Annual administration report of the Civil Veterinary Department of India - 1897-1898
Year: 1897
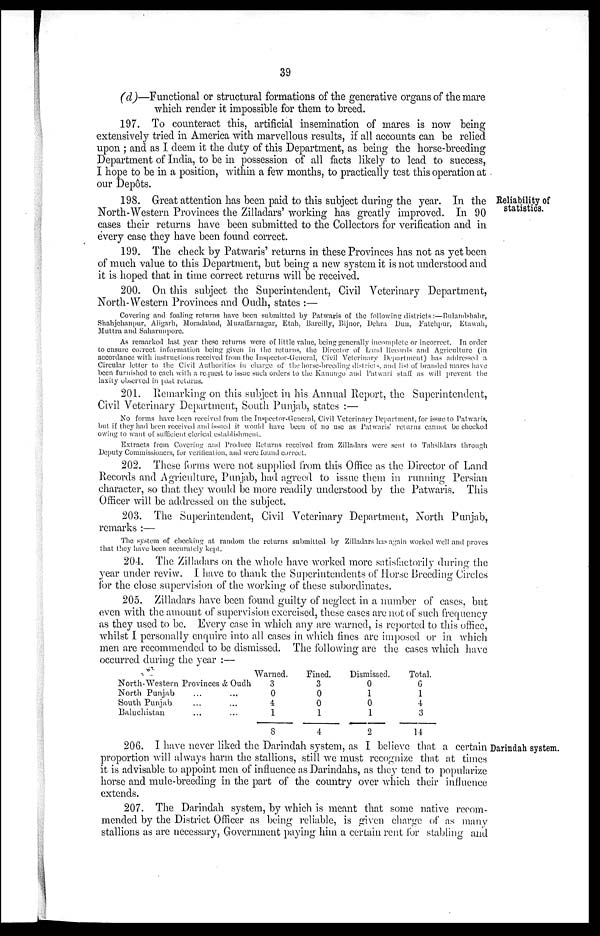
39
(d)—Functional or structural formations of the generative organs of the mare
which render it impossible for them to breed.
197. To counteract this, artificial insemination of mares is now being
extensively tried in America with marvellous results, if all accounts can be relied
upon; and as I deem it the duty of this Department, as being the horse-breeding
Department of India, to be in possession of all facts likely to lead to success,
I hope to be in a position, within a few months, to practically test this operation at
our Depôts.
Reliability of
statistics.
198. Great attention has been paid to this subject during the year. In the
North-Western Provinces the Zilladars' working has greatly improved. In 90
cases their returns have been submitted to the Collectors for verification and in
every case they have been found correct.
199. The check by Patwaris' returns in these Provinces has not as yet been
of much value to this Department, but being a new system it is not understood and
it is hoped that in time correct returns will be received.
200. On this subject the Superintendent, Civil Veterinary Department,
North-Western Provinces and Oudh, states:—
Covering and foaling returns have been submitted by Patwaris of the following districts:—Bulandshahr,
Shahjehanpur, Aligarh, Moradabad, Muzaffarnagar, Etah, Bareilly, Bijnor, Dehra Dun, Fatchpur, Etawah,
Muttra and Saharunpore.
As remarked last year these returns were of little value, being generally incomplete or incorrect. In order
to ensure correct information being given in the returns, the Director of Land Records and Agriculture (in
accordance with instructions received from the Inspector-General, Civil Veterinary Department) has addressed a
Circular letter to the Civil Authorities in charge of the horse-breeding districts, and list of branded mares have
been furnished to each with a request to issue such orders to the Kanungo and Patwari staff as will prevent the
laxity observed in past returns.
201. Remarking on this subject in his Annual Report, the Superintendent,
Civil Veterinary Department, South Punjab, states:—
No forms have been received from the Inspector-General, Civil Veterinary Department, for issue to Patwaris,
but if they had been received and issued it would have been of no use as Patwaris' returns cannot be checked
owing to want of sufficient clerical establishment.
Extracts from Covering and Produce Returns received from Zilladars were sent to Tahsildars through
Deputy Commissioners, for verification, and were found correct.
202. These forms were not supplied from this Office as the Director of Land
Records and Agriculture, Punjab, had agreed to issue them in running Persian
character, so that they would be more readily understood by the Patwaris. This
Officer will be addressed on the subject.
203. The Superintendent, Civil Veterinary Department, North Punjab,
remarks:—
The system of checking at random the returns submitted by Zilladars has again worked well and proves
that they have been accurately kept.
204. The Zilladars on the whole have worked more satisfactorily during the
year under reviw. I have to thank the Superintendents of Horse Breeding Circles
for the close supervision of the working of these subordinates.
205. Zilladars have been found guilty of neglect in a number of cases, but
even with the amount of supervision exercised, these cases are not of such frequency
as they used to be. Every case in which any are warned, is reported to this office,
whilst I personally enquire into all cases in which fines are imposed or in which
men are recommended to be dismissed. The following are the cases which have
occurred during the year:—
North-Western Provinces & Oudh
North Punjab
South Punjab
Baluchistan
Warned.
3
0
4
1
8
Fined.
3
0
0
1
4
Dismissed.
0
1
0
1
2
Total.
6
1
4
3
14
Darindah system.
206. I have never liked the Darindah system, as I believe that a certain
proportion will always harm the stallions, still we must recognize that at times
it is advisable to appoint men of influence as Darindahs, as they tend to popularize
horse and mule-breeding in the part of the country over which their influence
extends.
207. The Darindah system, by which is meant that some native recom-
mended by the District Officer as being reliable, is given charge of as many
stallions as are necessary, Government paying him a certain rent for stabling and